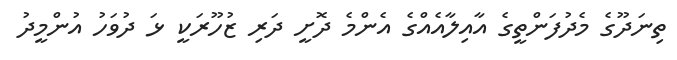
ތިނަދޫގެ މެދުފަންތީގެ އާއިލާއެއްގެ އެންމެ ދޮށީ ދަރި ޒުހޫރަކީ ޅަ ދުވަހު އުންމީދު